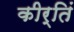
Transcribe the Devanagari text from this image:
कीर्तिं